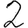
Digit: 2